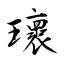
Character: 瓌